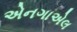
એનગાએલ